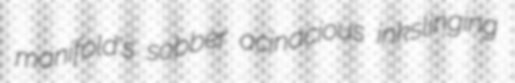
manifold's sobber acinacious inkslinging